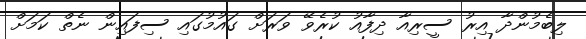
ލިބެމުންދާ އިރު ސީރިއާ ދިފާއު ކުރެވޭ ވަރަށް ގައުމުގައި ސިފައިން ނެތް ކަމަށް